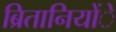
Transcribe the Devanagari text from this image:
ब्रितानियोंें